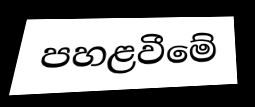
පහළවීමේ